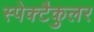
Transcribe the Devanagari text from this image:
स्पेक्टैकुलर